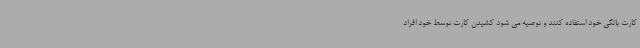
کارت بانکی خود استفاده کنند و توصیه می شود کشیدن ‌کارت توسط خود افراد